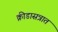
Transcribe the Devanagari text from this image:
क्रीडासत्रात